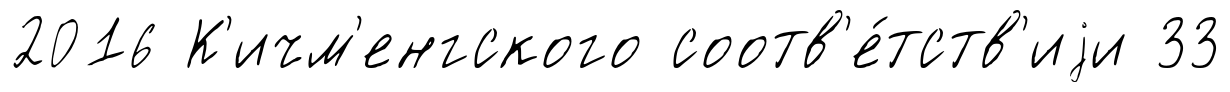
2016 К'ичм'енгского соотв'е́тств'иjи 33